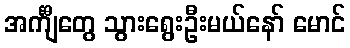
အင်္ကျီတွေ သွားရွေးဦးမယ်နော် မောင်